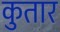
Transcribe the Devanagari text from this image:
कुतार